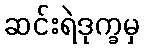
ဆင်းရဲဒုက္ခမှ